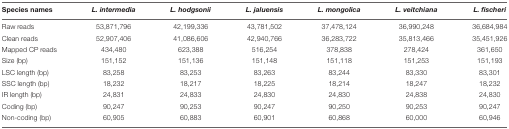
<table><thead><tr><td><b>Species names</b></td><td><b><i>L. intermedia</i></b></td><td><b><i>L. hodgsonii</i></b></td><td><b><i>L. jaluensis</i></b></td><td><b><i>L. mongolica</i></b></td><td><b><i>L. veitchiana</i></b></td><td><b><i>L. fischeri</i></b></td></tr></thead><tbody><tr><td>Raw reads</td><td>53,871,796</td><td>42,199,336</td><td>43,781,502</td><td>37,478,124</td><td>36,990,248</td><td>36,684,984</td></tr><tr><td>Clean reads</td><td>52,907,406</td><td>41,086,606</td><td>42,940,766</td><td>36,283,722</td><td>35,813,466</td><td>35,451,926</td></tr><tr><td>Mapped CP reads</td><td>434,480</td><td>623,388</td><td>516,254</td><td>378,838</td><td>278,424</td><td>361,650</td></tr><tr><td>Size (bp)</td><td>151,152</td><td>151,136</td><td>151,148</td><td>151,118</td><td>151,253</td><td>151,193</td></tr><tr><td>LSC length (bp)</td><td>83,258</td><td>83,253</td><td>83,263</td><td>83,244</td><td>83,330</td><td>83,301</td></tr><tr><td>SSC length (bp)</td><td>18,232</td><td>18,217</td><td>18,225</td><td>18,214</td><td>18,247</td><td>18,232</td></tr><tr><td>IR length (bp)</td><td>24,831</td><td>24,833</td><td>24,830</td><td>24,830</td><td>24,838</td><td>24,830</td></tr><tr><td>Coding (bp)</td><td>90,247</td><td>90,253</td><td>90,247</td><td>90,250</td><td>90,253</td><td>90,247</td></tr><tr><td>Non-coding (bp)</td><td>60,905</td><td>60,883</td><td>60,901</td><td>60,868</td><td>60,000</td><td>60,946</td></tr></tbody></table>